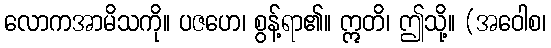
လောကအာမိသကို။ ပဇဟေ၊ စွန့်ရာ၏။ ဣတိ၊ ဤသို့။ (အဝေါစ၊